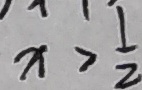
x > \frac { 1 } { 2 }